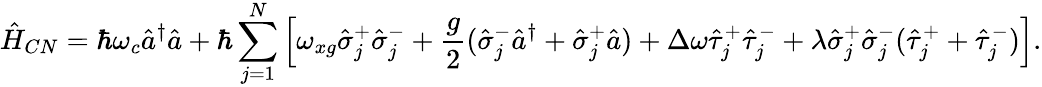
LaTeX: \hat{H}_{CN}=\hbar\omega_{c}\hat{a}^{\dagger}\hat{a}+\hbar\sum_{j=1}^{N}\left[\omega_{xg}\hat{\sigma}_{j}^{+}\hat{\sigma}_{j}^{-}+\frac{g}{2}(\hat{\sigma}_{j}^{-}\hat{a}^{\dagger}+\hat{\sigma}_{j}^{+}\hat{a})+\Delta\omega\hat{\tau}_{j}^{+}\hat{\tau}_{j}^{-}+\lambda\hat{\sigma}_{j}^{+}\hat{\sigma}_{j}^{-}(\hat{\tau}_{j}^{+}+\hat{\tau}_{j}^{-})\right].